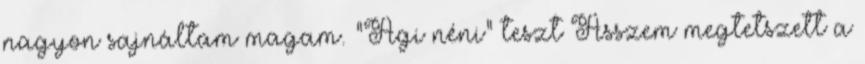
nagyon sajnáltam magam. "Ági néni" teszt Asszem megtetszett a